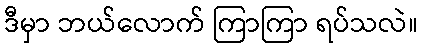
ဒီမှာ ဘယ်လောက် ကြာကြာ ရပ်သလဲ။